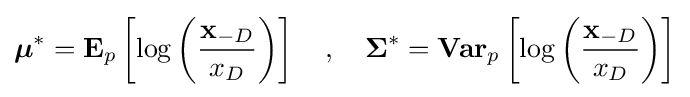
{\boldsymbol {\mu }}^{*}=\mathbf {E} _{p}\left[\log \left({\frac {\mathbf {x} _{-D}}{x_{D}}}\right)\right]\quad ,\quad {\boldsymbol {\Sigma }}^{*}={\textbf {Var}}_{p}\left[\log \left({\frac {\mathbf {x} _{-D}}{x_{D}}}\right)\right]